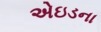
એઇડના